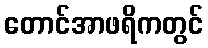
တောင်အာဖရိကတွင်